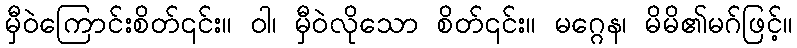
မှီဝဲကြောင်းစိတ်၎င်း။ ဝါ၊ မှီဝဲလိုသော စိတ်၎င်း။ မဂ္ဂေန၊ မိမိ၏မဂ်ဖြင့်။